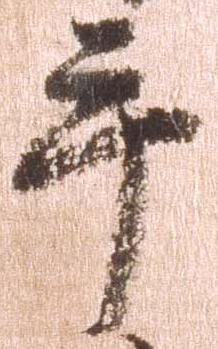
手